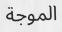
الموجة